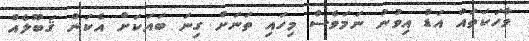
ވާހަކަތައް އަޑު އިވުނު ނަމަވެސް މިހައި ތަނަށް ގިނަ ބައަކަށް އެކަން ޤަބޫލެއް